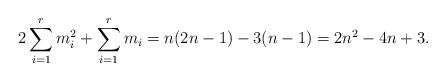
LaTeX: \begin{align*}2\sum_{i=1}^rm_i^2+\sum_{i=1}^rm_i=n(2n-1)-3(n-1)=2n^2-4n+3.\end{align*}